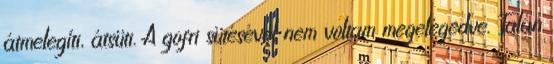
átmelegíti, átsüti. A gofri sütésével nem voltam megelégedve. Talán